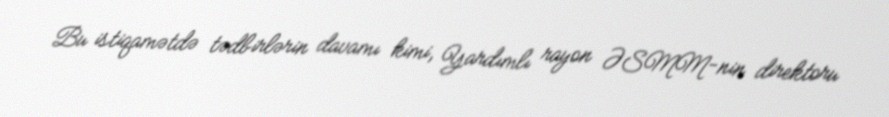
Bu istiqamətdə tədbirlərin davamı kimi, Yardımlı rayon ƏSMM-nin direktoru